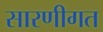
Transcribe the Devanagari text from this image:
सारणीगत